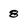
Character: 8